Leaving Certificate, 1897
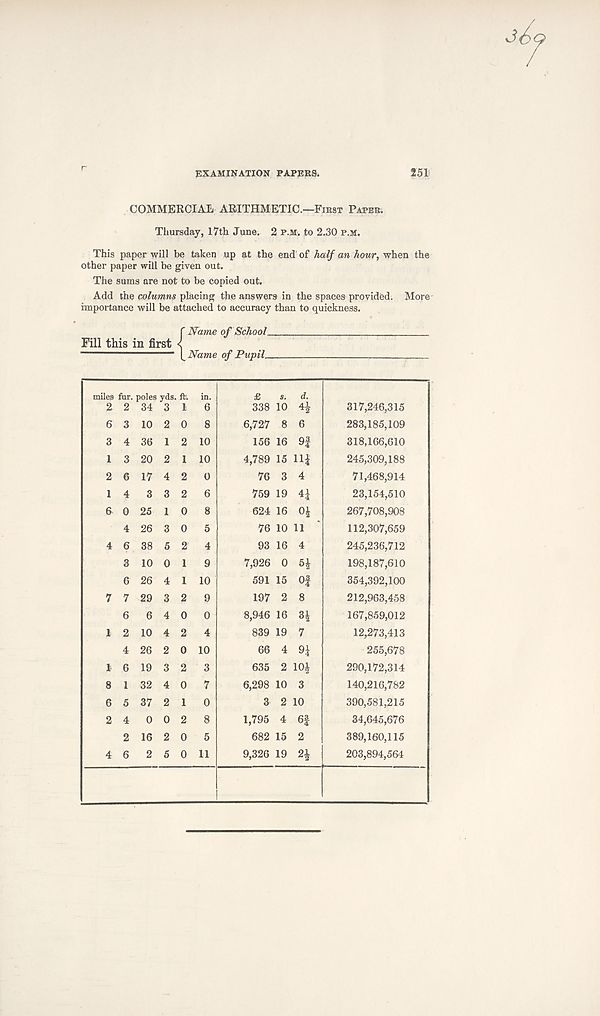
EXAMINATION PAPERS.
251
COMMERCIAL ARITHMETIC.—First Paper.
Thursday, 17th June. 2 p.m. to 2.30 p.M.
This paper will be taken up at the end of half an hour, when the
other paper will be given out.
The sums are not to be copied out.
Add the columns placing the answers in the spaces provided. More
importance will be attached to accuracy than to quickness.
{Name of Schools.
Name of Pupil
miles fur. poles yds. ft s. in.
~ ~ ~ 3 1 6
6 0 25 1
4 26 3
1 10
2 0
2 6
0 8
0 5
2 4
1 9
1 10
2 9
0
2
0
2
0
338 10 4£
6,727 8 6
156 16 9f
4,789 15 11J
76 3 4
759 19 4^
624 16 0^
76 10 11
93 16 4
7,926 0
591 15
197 2
8,946 16
839 19
66 4
635 2 10£
6,298 10 3
3 2 10
1,795 4 6f
682 15 2
9,326 19 21
5*
Of
8
7
9i
317,246,315
283,185,109
318.166.610
245,309,188
71,468,914
23,154,510
267,708,908
112,307,659
245,236,712
198.187.610
354,392,100
212,963,458
167,859,012
12,273,413
255,678
290,172,314
140,216,782
390,581,215
34,645,676
389,160,115
203,894,564